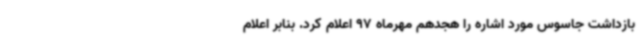
بازداشت جاسوس مورد اشاره را هجدهم مهرماه 97 اعلام کرد. بنابر اعلام